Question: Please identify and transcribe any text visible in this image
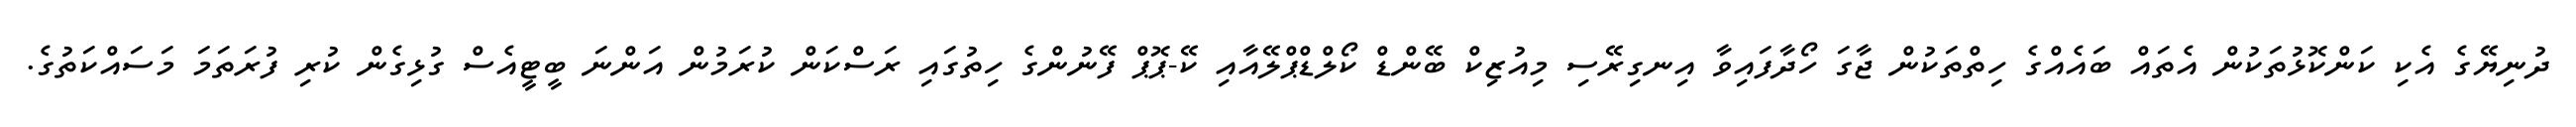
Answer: ދުނިޔޭގެ އެކި ކަންކޮޅުތަކުން އެތައް ބައެއްގެ ހިތްތަކުން ޖާގަ ހޯދާފައިވާ އިނގިރޭސި މިއުޒިކް ބޭންޑް ކޯލްޑްޕްލޭއާއި ކޭ-ޕޮޕް ފޭނުންގެ ހިތުގައި ރަސްކަން ކުރަމުން އަންނަ ބީޓީއެސް ގުޅިގެން ކުރި ފުރަތަމަ މަސައްކަތުގެ.